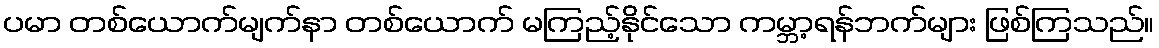
ပမာ တစ်ယောက်မျက်နာ တစ်ယောက် မကြည့်နိုင်သော ကမ္ဘာ့ရန်ဘက်များ ဖြစ်ကြသည်။